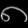
Digit: ၈